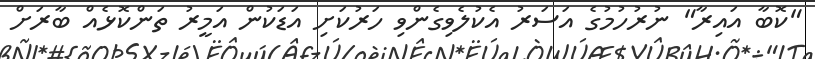
"ކޮބާ އައިރާ" ނުރުހުމުގެ އަސަރު އެކުލެވިގެންވި ހަރުކަށި އަޑަކުން އަމީރު ތަންކޮޅެއް ބާރަށް